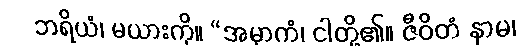
ဘရိယံ၊ မယားကို။ “အမှာကံ၊ ငါတို့၏။ ဇီဝိတံ နာမ၊